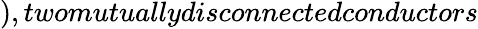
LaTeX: ),twomutuallydisconnectedconductors